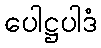
ပေါဋ္ဌပါဒံ